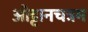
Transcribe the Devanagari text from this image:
ओट्टानचत्रम